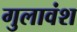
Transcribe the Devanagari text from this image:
गुलावंश